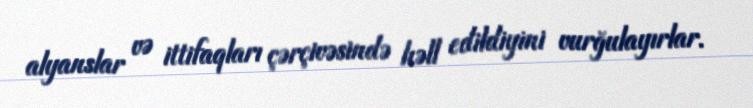
alyanslar və ittifaqları çərçivəsində həll edildiyini vurğulayırlar.